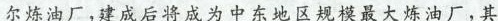
尔炼油厂，建成后将成为中东地区规模最大炼油厂，其